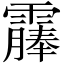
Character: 𫕰